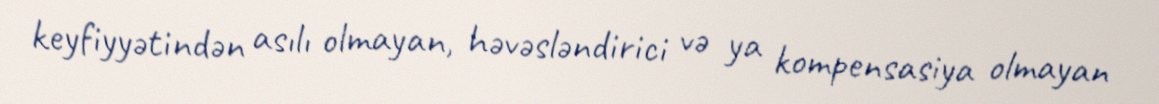
keyfiyyətindən asılı olmayan, həvəsləndirici və ya kompensasiya olmayan